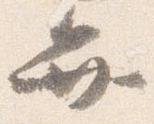
弁